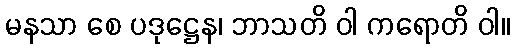
မနသာ စေ ပဒုဋ္ဌေန၊ ဘာသတိ ဝါ ကရောတိ ဝါ။